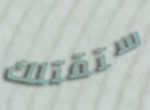
ستقتلك